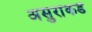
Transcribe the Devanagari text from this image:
असुरांकडे